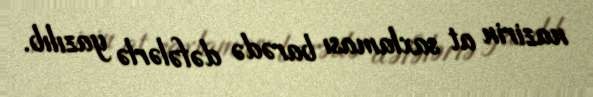
nazirin at saxlaması barədə dəfələrlə yazılıb.